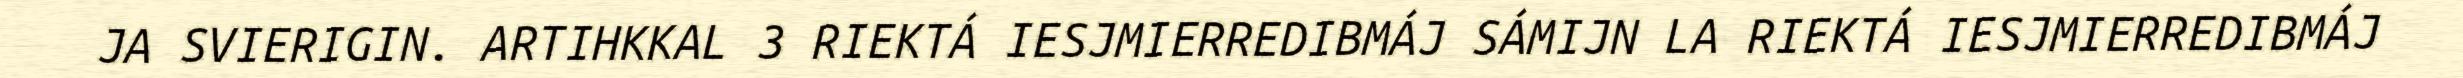
JA SVIERIGIN. ARTIHKKAL 3 RIEKTÁ IESJMIERREDIBMÁJ SÁMIJN LA RIEKTÁ IESJMIERREDIBMÁJ